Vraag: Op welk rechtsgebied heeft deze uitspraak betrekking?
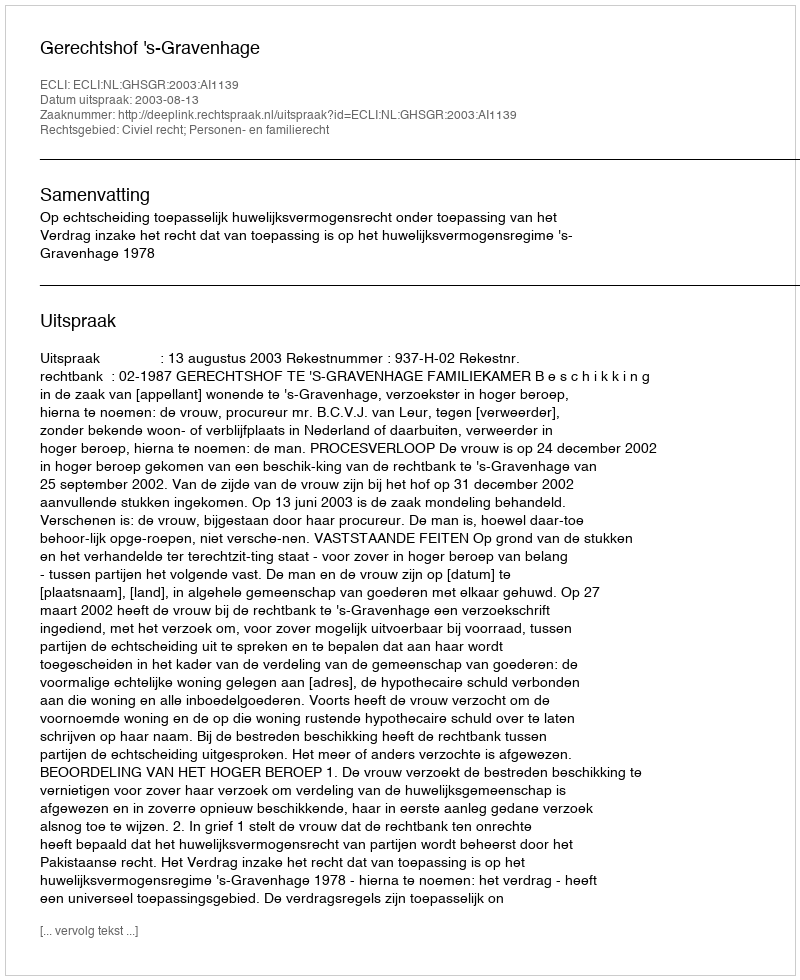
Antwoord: Civiel recht; Personen- en familierecht